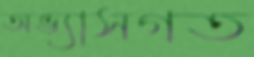
অভ্যাসগত